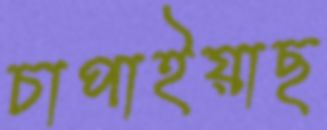
চাপাইয়াছ